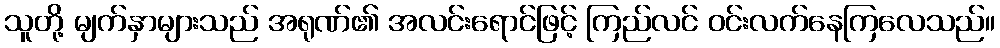
သူတို့ မျက်နှာများသည် အရုဏ်၏ အလင်းရောင်ဖြင့် ကြည်လင် ဝင်းလက်နေကြလေသည်။